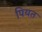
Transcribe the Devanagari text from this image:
पियत